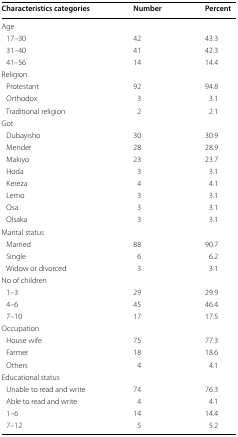
<table><thead><tr><td><b>Characteristics categories</b></td><td><b>Number</b></td><td><b>Percent</b></td></tr></thead><tbody><tr><td colspan="3">Age</td></tr><tr><td> 17–30</td><td>42</td><td>43.3</td></tr><tr><td> 31–40</td><td>41</td><td>42.3</td></tr><tr><td> 41–56</td><td>14</td><td>14.4</td></tr><tr><td colspan="3">Religion</td></tr><tr><td> Protestant</td><td>92</td><td>94.8</td></tr><tr><td> Orthodox</td><td>3</td><td>3.1</td></tr><tr><td> Traditional religion</td><td>2</td><td>2.1</td></tr><tr><td colspan="3">Got</td></tr><tr><td> Dubayisho</td><td>30</td><td>30.9</td></tr><tr><td> Mender</td><td>28</td><td>28.9</td></tr><tr><td> Makiyo</td><td>23</td><td>23.7</td></tr><tr><td> Hoda</td><td>3</td><td>3.1</td></tr><tr><td> Kereza</td><td>4</td><td>4.1</td></tr><tr><td> Lemo</td><td>3</td><td>3.1</td></tr><tr><td> Osa</td><td>3</td><td>3.1</td></tr><tr><td> Olsaka</td><td>3</td><td>3.1</td></tr><tr><td colspan="3">Marital status</td></tr><tr><td> Married</td><td>88</td><td>90.7</td></tr><tr><td> Single</td><td>6</td><td>6.2</td></tr><tr><td> Widow or divorced</td><td>3</td><td>3.1</td></tr><tr><td colspan="3">No of children</td></tr><tr><td> 1–3</td><td>29</td><td>29.9</td></tr><tr><td> 4–6</td><td>45</td><td>46.4</td></tr><tr><td> 7–10</td><td>17</td><td>17.5</td></tr><tr><td colspan="3">Occupation</td></tr><tr><td> House wife</td><td>75</td><td>77.3</td></tr><tr><td> Farmer</td><td>18</td><td>18.6</td></tr><tr><td> Others</td><td>4</td><td>4.1</td></tr><tr><td colspan="3">Educational status</td></tr><tr><td> Unable to read and write</td><td>74</td><td>76.3</td></tr><tr><td> Able to read and write</td><td>4</td><td>4.1</td></tr><tr><td> 1–6</td><td>14</td><td>14.4</td></tr><tr><td> 7–12</td><td>5</td><td>5.2</td></tr></tbody></table>